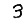
Digit: 3